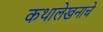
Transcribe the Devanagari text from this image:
कथालेखनाचे